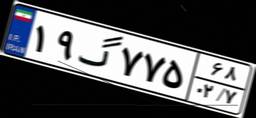
۱۹گ۷۷۵۶۸